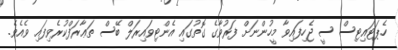
ހެޕަޓައިޓިސް ސީ ޖެހިފައިވާ މީހުންނަށް ފަރުވާގެ ގޮތުގައި އެންޓިވައިރަލް ބޭސް ތަޢާރަފްކުރެވިފައި ވެއެވެ.